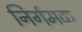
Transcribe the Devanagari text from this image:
निर्गमक